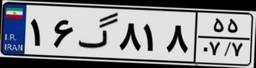
۱۶گ۸۱۸۵۵